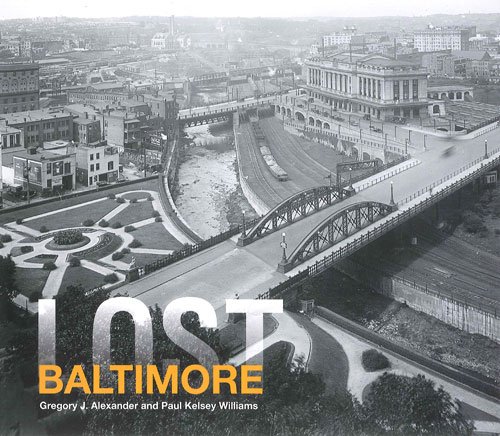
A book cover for Lost Baltimore; Paul Kelsey Williams; Arts & Photography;